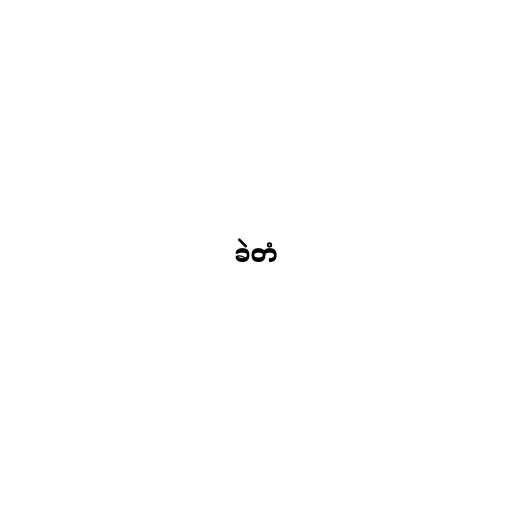
ခဲတံ